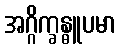
အဂ္ဂိက္ခန္ဓူပမာ